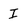
Character: I